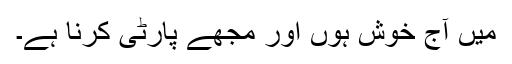
میں آج خوش ہوں اور مجھے پارٹی کرنا ہے۔